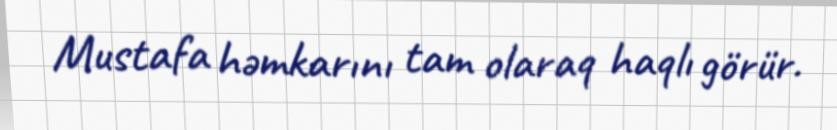
Mustafa həmkarını tam olaraq haqlı görür.